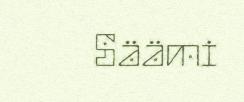
Säämi